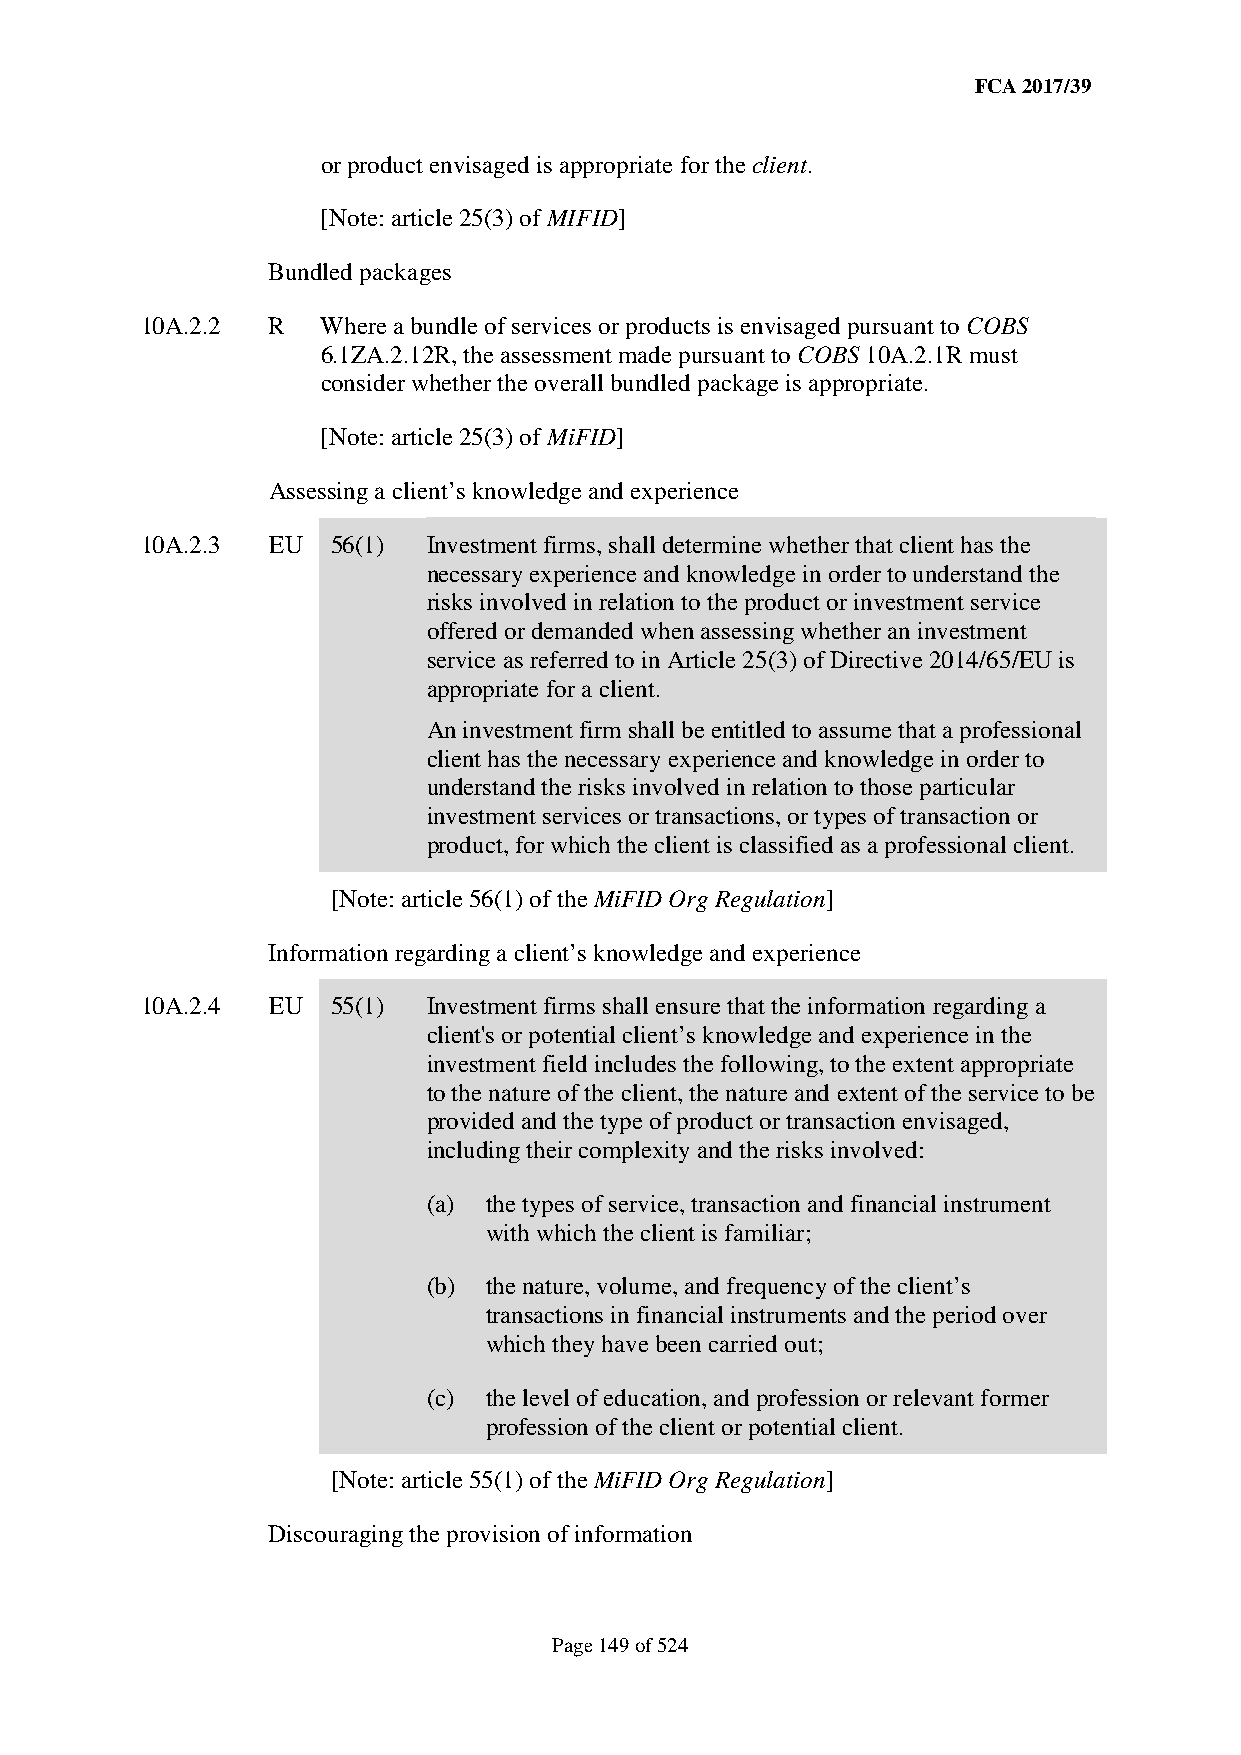
FCA 2017/39
 or product envisaged is appropriate for the client.
 [Note: article 25(3) of MIFID]
 Bundled packages
 10A.2.2  R  Where a bundle of services or products is envisaged pursuant to COBS
 6.1ZA.2.12R, the assessment made pursuant to COBS 10A.2.1R must
 consider whether the overall bundled package is appropriate.
 [Note: article 25(3) of MiFID]
 Assessing a client’s knowledge and experience
 10A.2.3  EU  56(1) Investment firms, shall determine whether that client has the
 necessary experience and knowledge in order to understand the
 risks involved in relation to the product or investment service
 offered or demanded when assessing whether an investment
 service as referred to in Article 25(3) of Directive 2014/65/EU is
 appropriate for a client.
 An investment firm shall be entitled to assume that a professional
 client has the necessary experience and knowledge in order to
 understand the risks involved in relation to those particular
 investment services or transactions, or types of transaction or
 product, for which the client is classified as a professional client.
 [Note: article 56(1) of the MiFID Org Regulation]
 Information regarding a client’s knowledge and experience
 10A.2.4  EU  55(1) Investment firms shall ensure that the information regarding a
 client's or potential client’s knowledge and experience in the
 investment field includes the following, to the extent appropriate
 to the nature of the client, the nature and extent of the service to be
 provided and the type of product or transaction envisaged,
 including their complexity and the risks involved:
 (a) the types of service, transaction and financial instrument
 with which the client is familiar;
 (b) the nature, volume, and frequency of the client’s
 transactions in financial instruments and the period over
 which they have been carried out;
 (c) the level of education, and profession or relevant former
 profession of the client or potential client.
 [Note: article 55(1) of the MiFID Org Regulation]
 Discouraging the provision of information
 Page 149 of 524